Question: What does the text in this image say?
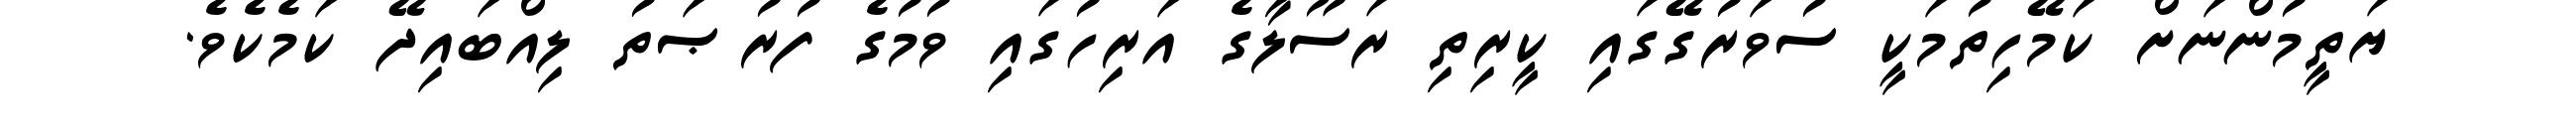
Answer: ޔަތީމުންނަށް ކަމޭހިތުމަކީ ސުވަރުގޭގައި ކީރިތި ރަސޫލާގެ އަރިހުގައި ވުމުގެ ފުރުޞަތު ލިއްބައިދޭ ކަމެކެވެ.